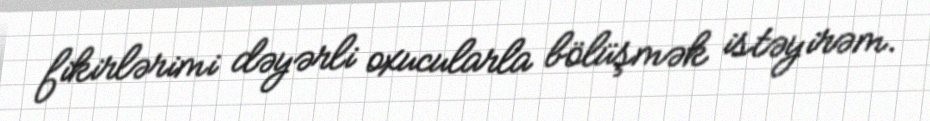
fikirlərimi dəyərli oxucularla bölüşmək istəyirəm.